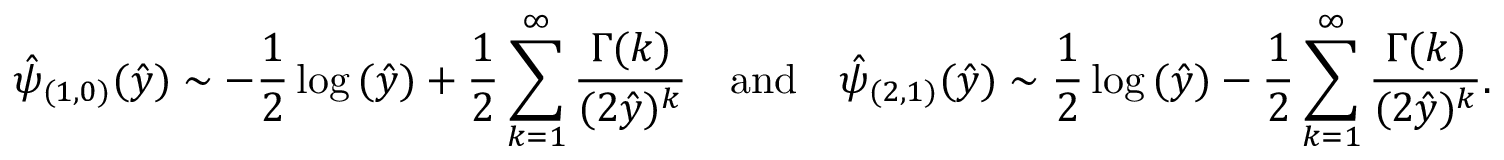
\hat { \psi } _ { ( 1 , 0 ) } ( \hat { y } ) \sim - \frac { 1 } { 2 } \log { ( \hat { y } ) } + \frac { 1 } { 2 } \sum _ { k = 1 } ^ { \infty } \frac { \Gamma { ( k ) } } { ( 2 \hat { y } ) ^ { k } } \quad \mathrm { a n d } \quad \hat { \psi } _ { ( 2 , 1 ) } ( \hat { y } ) \sim \frac { 1 } { 2 } \log { ( \hat { y } ) } - \frac { 1 } { 2 } \sum _ { k = 1 } ^ { \infty } \frac { \Gamma { ( k ) } } { ( 2 \hat { y } ) ^ { k } } .